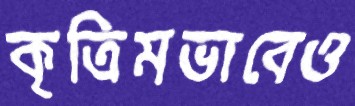
কৃত্রিমভাবেও